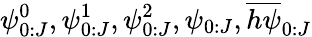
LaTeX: \psi_{0:J}^{0},\psi_{0:J}^{1},\psi_{0:J}^{2},\psi_{0:J},\overline{{h\psi}}_{0:J}